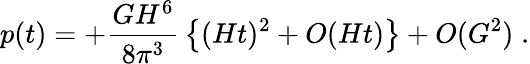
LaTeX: p(t)=+{\frac{GH^{6}}{8\pi^{3}}}\left\{ (Ht)^{2}+O(Ht)\right\} +O(G^{2})\; .